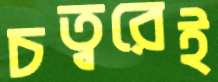
চত্বরেই